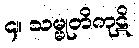
၄။ သမ္မုတိကုဋိ